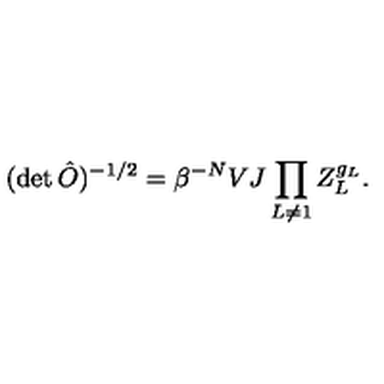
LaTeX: ( \det \hat { O } ) ^ { - 1 / 2 } = \beta ^ { - N } V J \prod _ { L \neq 1 } Z _ { L } ^ { g _ { L } } .